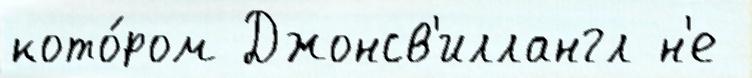
кото́ром Джонсв'иллангл н'е